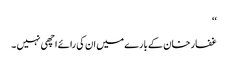
‘‘
غفار خان کے بارے میں ان کی رائے اچھی نہیں ۔